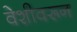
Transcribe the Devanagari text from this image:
वेशीवरून